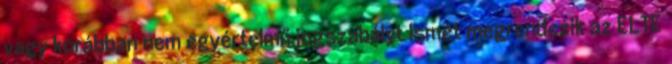
vagy korábban nem egyértelmű jogszabályt Ismét megrendezik az ELTE